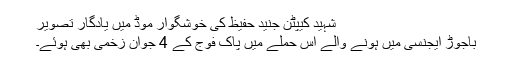
شہید کیپٹن جنید حفیظ کی خوشگوار موڈ میں یادگار تصویر
باجوڑ ایجنسی میں ہونے والے اس حملے میں پاک فوج کے 4 جوان زخمی بھی ہوئے۔